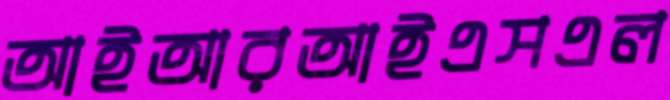
আইআরআইএসএল